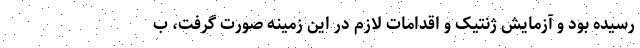
رسیده بود و آزمایش ژنتیک و اقدامات لازم در این زمینه صورت گرفت، ب